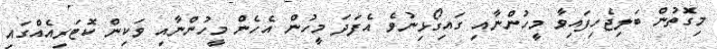
މިގޮތުން ބަލިޖެހިފައިވާ މީހުންނާއި ގައިގޯޅިނުވެ އެފަދަ މީހުން އެހެން މީހުންނާއި ވަކިން ކޮޓަރިއެއްގައި